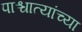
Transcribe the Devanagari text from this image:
पाश्चात्यांच्या